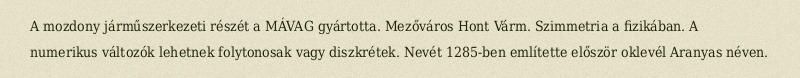
A mozdony járműszerkezeti részét a MÁVAG gyártotta. Mezőváros Hont Várm. Szimmetria a fizikában. A numerikus változók lehetnek folytonosak vagy diszkrétek. Nevét 1285-ben említette először oklevél Aranyas néven.